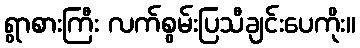
ရွာစားကြီး လက်စွမ်းပြသီချင်းပေကိုး။